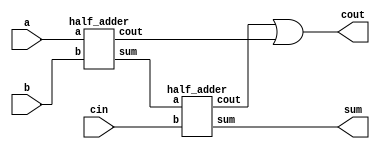
`timescale 1ns / 1ps



module full_adder(a,b,cin,sum, cout);
input a,b,cin;
output sum, cout;
wire x,y,z;
half_adder  h1(.a(a), .b(b), .sum(x), .cout(y));
half_adder  h2(.a(x), .b(cin), .sum(sum), .cout(z));
or or_1(cout,z,y);
endmodule

module half_adder( a,b, sum, cout );
input a,b;
output sum,  cout;
xor g1(sum,a,b);
and g2(cout,a,b);
endmodule